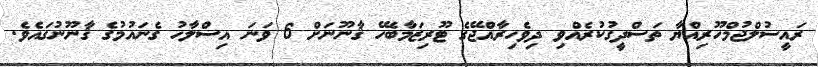
ރައީސުލްޖުމްހޫރިއްޔާ ތަސްދީގުކުރެއްވި ދިވެހިރާއްޖޭގެ ޓޫރިޒަމާބެހޭ ޤާނޫނަށް 6 ވަނަ އިސްލާހު ގެނައުމުގެ ޤާނޫނުގައެވެ.